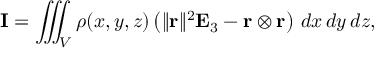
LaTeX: \mathbf { I } = \iiint _ { V } \rho ( x , y , z ) \left( \| \mathbf { r } \| ^ { 2 } \mathbf { E } _ { 3 } - \mathbf { r } \otimes \mathbf { r } \right) \, d x \, d y \, d z ,